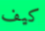
كيف